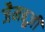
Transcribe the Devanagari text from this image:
जैमबूज़ी